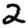
Digit: 2